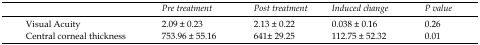
<table><thead><tr><td></td><td><b>Pre treatment</b></td><td><b>Post treatment</b></td><td><b>Induced change</b></td><td><b>P value</b></td></tr></thead><tbody><tr><td>Visual Acuity</td><td>2.09 ± 0.23</td><td>2.13 ± 0.22</td><td>0.038 ± 0.16</td><td>0.26</td></tr><tr><td>Central corneal thickness</td><td>753.96 ± 55.16</td><td>641± 29.25</td><td>112.75 ± 52.32</td><td>0.01</td></tr></tbody></table>